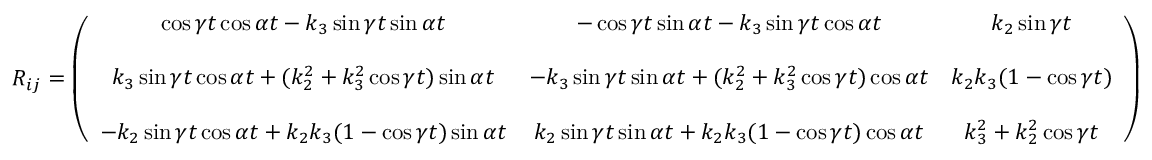
\begin{array} { r } { R _ { i j } = \left( \begin{array} { c c c } { \cos \gamma t \cos \alpha t - k _ { 3 } \sin \gamma t \sin \alpha t } & { - \cos \gamma t \sin \alpha t - k _ { 3 } \sin \gamma t \cos \alpha t } & { k _ { 2 } \sin \gamma t } \\ { } & { } & { } \\ { k _ { 3 } \sin \gamma t \cos \alpha t + ( k _ { 2 } ^ { 2 } + k _ { 3 } ^ { 2 } \cos \gamma t ) \sin \alpha t } & { - k _ { 3 } \sin \gamma t \sin \alpha t + ( k _ { 2 } ^ { 2 } + k _ { 3 } ^ { 2 } \cos \gamma t ) \cos \alpha t } & { k _ { 2 } k _ { 3 } ( 1 - \cos \gamma t ) } \\ { } & { } & { } \\ { - k _ { 2 } \sin \gamma t \cos \alpha t + k _ { 2 } k _ { 3 } ( 1 - \cos \gamma t ) \sin \alpha t } & { k _ { 2 } \sin \gamma t \sin \alpha t + k _ { 2 } k _ { 3 } ( 1 - \cos \gamma t ) \cos \alpha t } & { k _ { 3 } ^ { 2 } + k _ { 2 } ^ { 2 } \cos \gamma t } \end{array} \right) } \end{array}